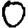
Digit: 0